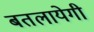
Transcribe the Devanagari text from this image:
बतलायेगी